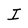
Character: I